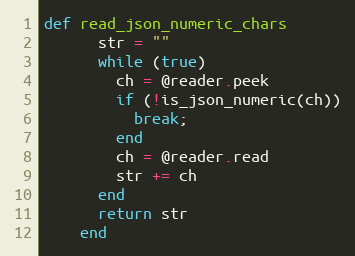
Language: Ruby
def read_json_numeric_chars
      str = ""
      while (true)
        ch = @reader.peek
        if (!is_json_numeric(ch))
          break;
        end
        ch = @reader.read
        str += ch
      end
      return str
    end